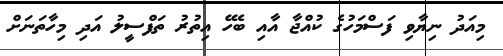
މިއަދު ނިޔާވި ފަސްމަހުގެ ކުއްޖާ އާއި ބެހޭ އިތުރު ތަފްސީލު އަދި މިހާތަނަށް